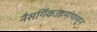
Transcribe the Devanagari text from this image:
नैसर्गिकउद्गमांपासून